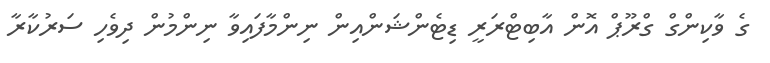
ގެ ވާކިންގް ގްރޫޕް އޮން އާބިޓްރަރީ ޑިޓެންޝަންއިން ނިންމާފައިވާ ނިންމުން ދިވެހި ސަރުކާރާ